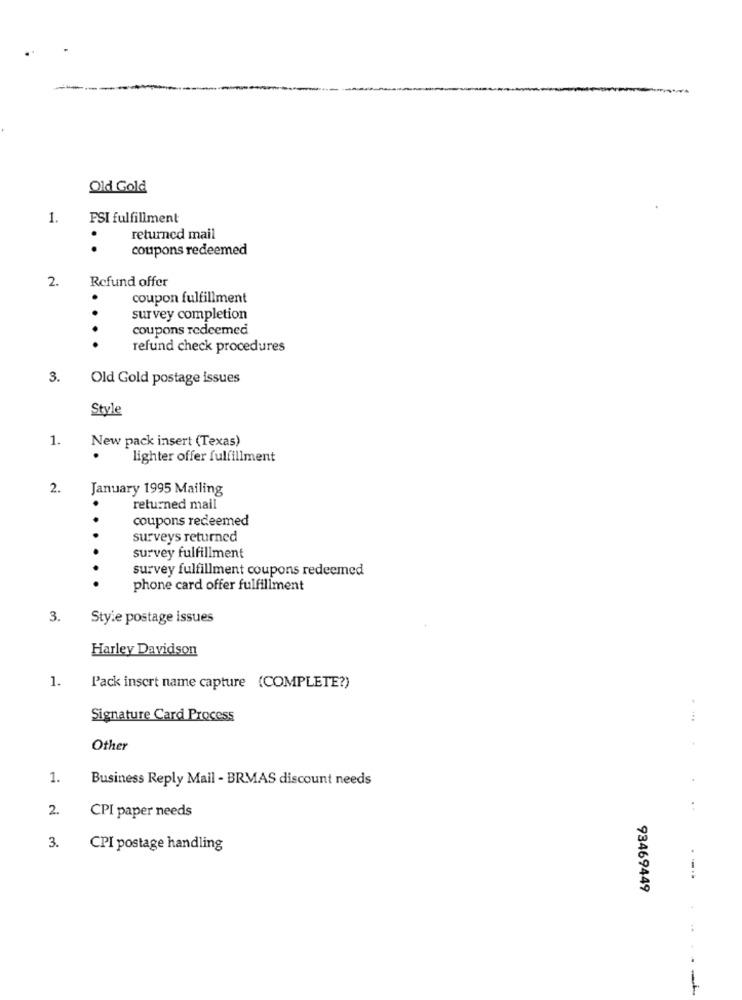
Old Gold
1.
FSI fulfillment
returned mail
.
coupons redeemed
2.
Refund offer
.
coupon fulfillment
survey completion
coupons redeemed
...
refund check procedures
3.
Old Gold postage issues
Style
1.
New pack insert (Texas)
lighter offer fulfillment
2.
January 1995 Mailing
returned mail
coupons redeemed
..
surveys returned
survey fulfillment
survey fulfillment coupons redeemed
phone card offer fulfillment
3.
Style postage issues
Harley Davidson
1.
l'ack insert name capture (COMPLETE?)
Signature Card Process
Other
1.
Business Reply Mail - BRMAS discount needs
2.
CPI paper needs
3.
CPI postage handling
93469449